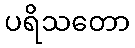
ပရိသတော